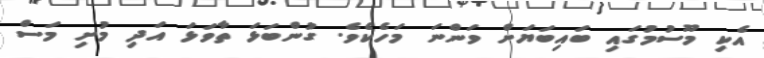
އެކި މޫސުމުގައި ބައިބަޔަށް ވަންނަ މަހެކެވެ. ގުންބަޅަ ތާވަޅަ އަދި މުށި މަސް